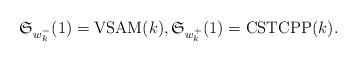
LaTeX: \begin{gather*} \mathfrak{S}_{{w_{k}^{-}}}(1)={\rm VSAM}(k), \mathfrak{S}_{{w_{k}^{+}}}(1) = {\rm CSTCPP}(k) .\end{gather*}